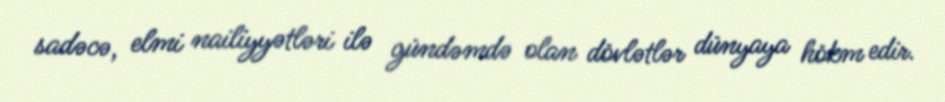
sadəcə, elmi nailiyyətləri ilə gündəmdə olan dövlətlər dünyaya hökm edir.